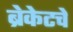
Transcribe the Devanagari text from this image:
ब्रेकेटचे